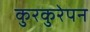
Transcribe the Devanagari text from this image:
कुरकुरेपन